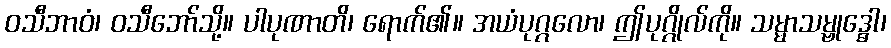
ဝသီဘာဝံ၊ ဝသီဘော်သို့။ ပါပုဏာတိ၊ ရောက်၏။ အယံပုဂ္ဂလော၊ ဤပုဂ္ဂိုလ်ကို။ သမ္မာသမ္ဗုဒ္ဓေါ၊